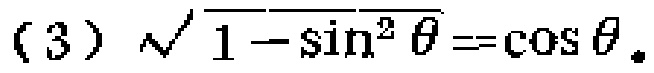
(3) $\sqrt{1 - \sin^{2}\theta}=\cos\theta$